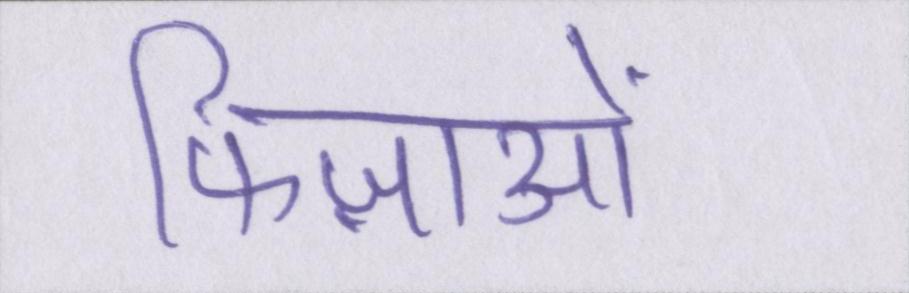
फिज़ाओं